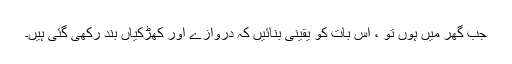
جب گھر میں ہوں تو ، اس بات کو یقینی بنائیں کہ دروازے اور کھڑکیاں بند رکھی گئی ہیں۔